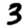
Digit: 3